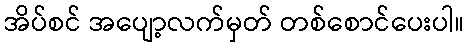
အိပ်စင် အပျော့လက်မှတ် တစ်စောင်ပေးပါ။